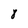
Character: 8